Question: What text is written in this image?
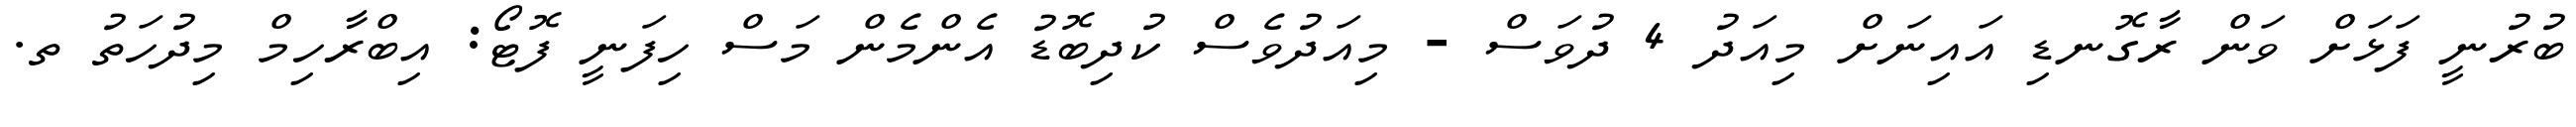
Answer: ބުރުނީ ފަޅަށް ވަން ރާގޮނޑި އައިނަށް މިއަދު 4 ދުވަސް - މިއަދުވެސް ކުދިބޮޑު އެންމެން މަސް ހިފަނީ ފޮޓޯ: އިބްރާހިމް މިދުހަތު ތ.